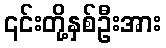
၎င်းတို့နှစ်ဦးအား